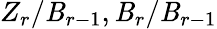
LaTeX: Z_{r}/\mathit{B}_{r-1},\mathit{B}_{r}/\mathit{B}_{r-1}